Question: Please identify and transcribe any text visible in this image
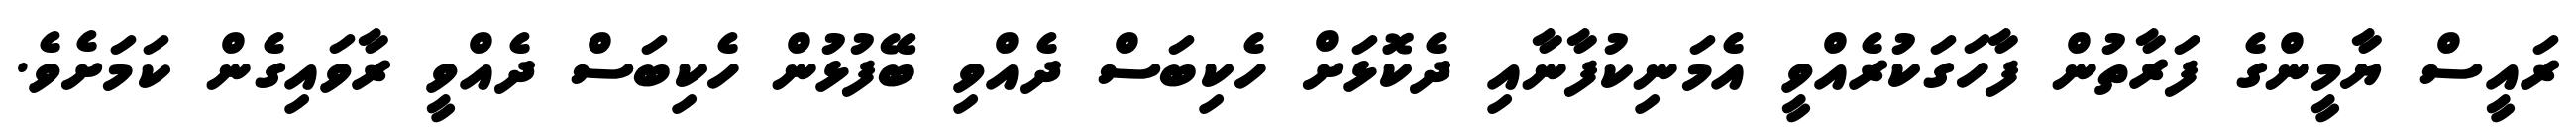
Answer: ރައީސް ޔާމީންގެ ފަރާތުން ފާހަގަކުރެއްވީ އެމަނިކުފާނާއި ދެކޮޅަށް ހެކިބަސް ދެއްވި ބޭފުޅުން ހެކިބަސް ދެއްވީ ރާވައިގެން ކަމަށެވެ.